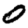
Digit: 0